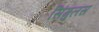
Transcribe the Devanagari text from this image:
सिंगुलस